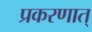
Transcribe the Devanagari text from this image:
प्रकरणात्‌